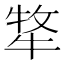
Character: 𭷧